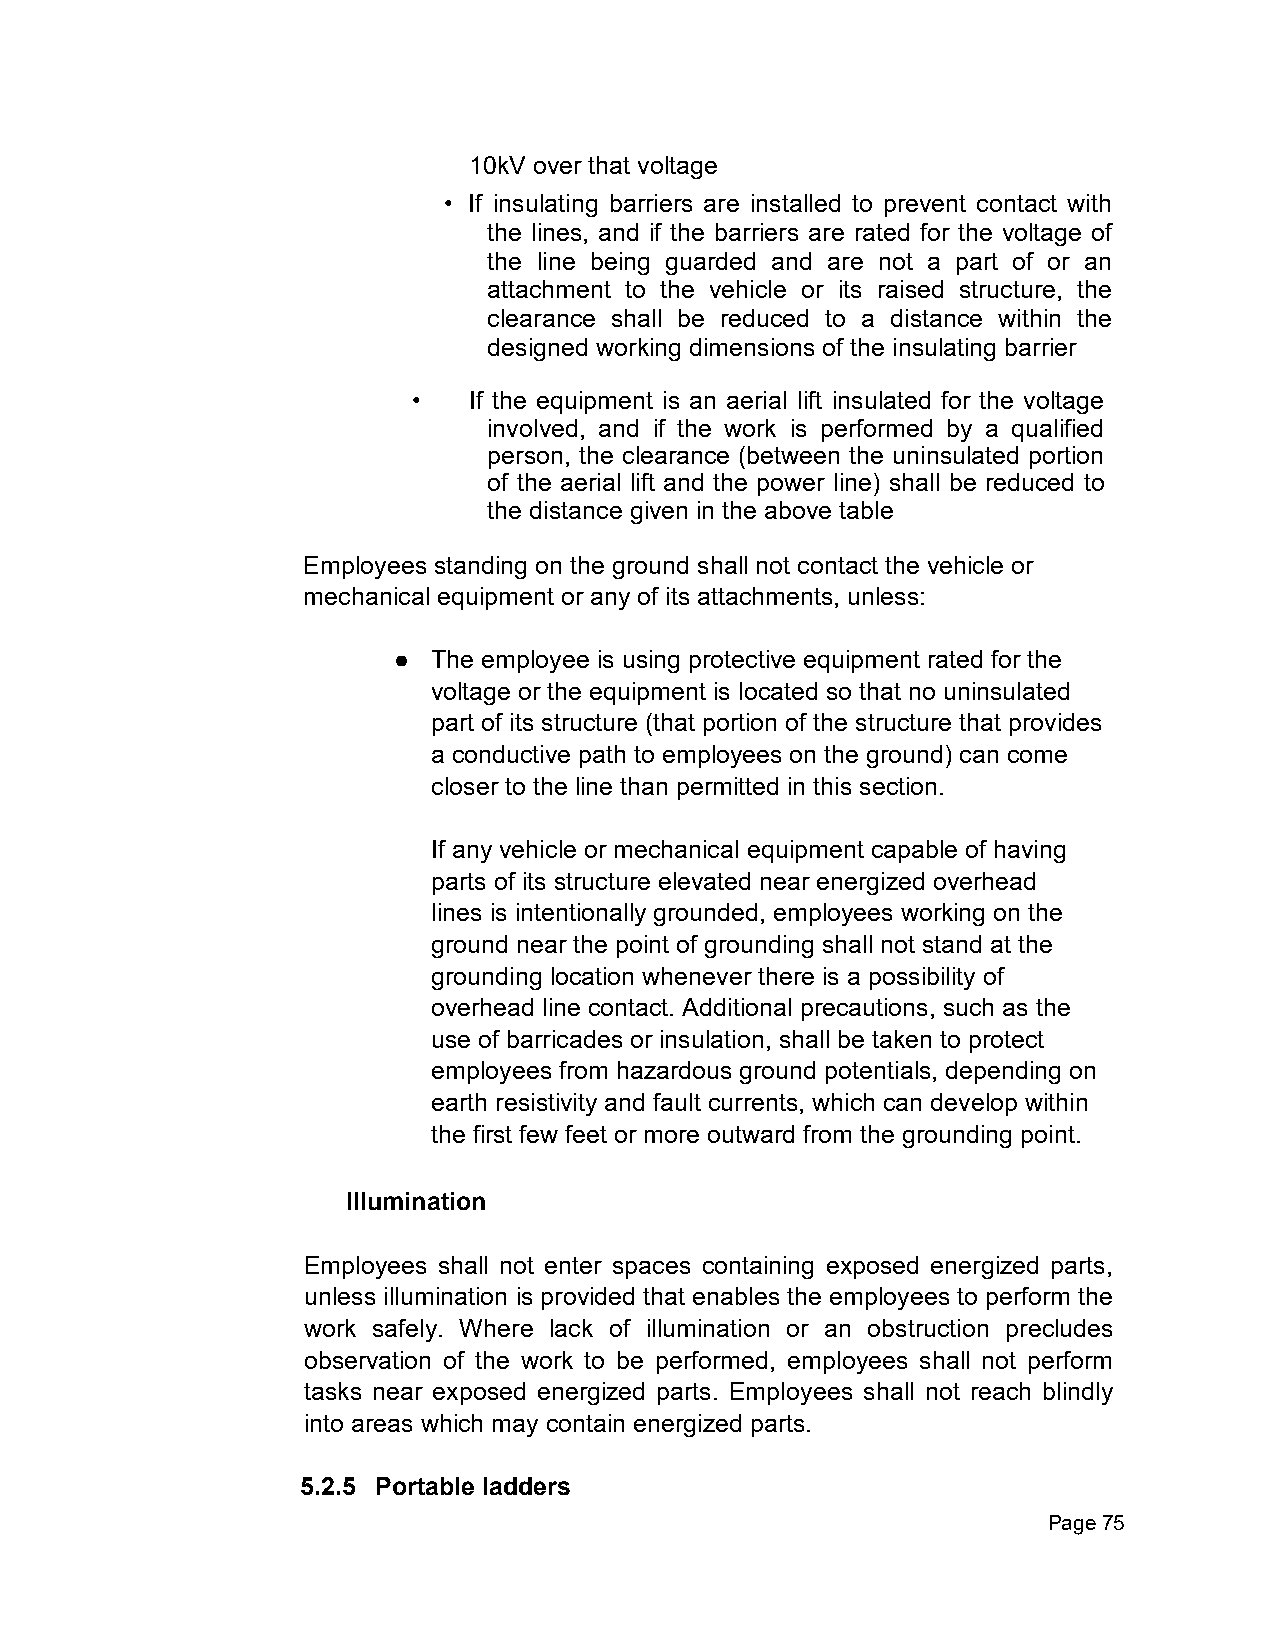
10kV over that voltage
 • If insulating barriers are installed to prevent contact with
 the lines, and if the barriers are rated for the voltage of
 the line being guarded and are not a part of or an
 attachment to the vehicle or its raised structure, the
 clearance shall be reduced to a distance within the
 designed working dimensions of the insulating barrier
 •   If the equipment is an aerial lift insulated for the voltage
 involved, and if the work is performed by a qualified
 person, the clearance (between the uninsulated portion
 of the aerial lift and the power line) shall be reduced to
 the distance given in the above table
 Employees standing on the ground shall not contact the vehicle or
 mechanical equipment or any of its attachments, unless:
 ●  The employee is using protective equipment rated for the
 voltage or the equipment is located so that no uninsulated
 part of its structure (that portion of the structure that provides
 a conductive path to employees on the ground) can come
 closer to the line than permitted in this section.
 If any vehicle or mechanical equipment capable of having
 parts of its structure elevated near energized overhead
 lines is intentionally grounded, employees working on the
 ground near the point of grounding shall not stand at the
 grounding location whenever there is a possibility of
 overhead line contact. Additional precautions, such as the
 use of barricades or insulation, shall be taken to protect
 employees from hazardous ground potentials, depending on
 earth resistivity and fault currents, which can develop within
 the first few feet or more outward from the grounding point.
 Illumination
 Employees shall not enter spaces containing exposed energized parts,
 unless illumination is provided that enables the employees to perform the
 work safely. Where lack of illumination or an obstruction precludes
 observation of the work to be performed, employees shall not perform
 tasks near exposed energized parts. Employees shall not reach blindly
 into areas which may contain energized parts.
 5.2.5 Portable ladders
 Page 75